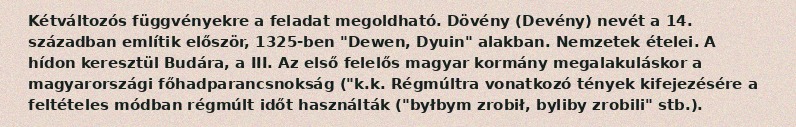
Kétváltozós függvényekre a feladat megoldható. Dövény (Devény) nevét a 14. században említik először, 1325-ben "Dewen, Dyuin" alakban. Nemzetek ételei. A hídon keresztül Budára, a III. Az első felelős magyar kormány megalakuláskor a magyarországi főhadparancsnokság ("k.k. Régmúltra vonatkozó tények kifejezésére a feltételes módban régmúlt időt használták ("byłbym zrobił, byliby zrobili" stb.).